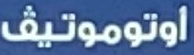
اوتوموتيف